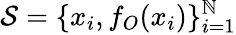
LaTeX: {\cal{S}}=\{ x_{i},f_{O}(x_{i})\} _{i=1}^{\mathbb{N}}